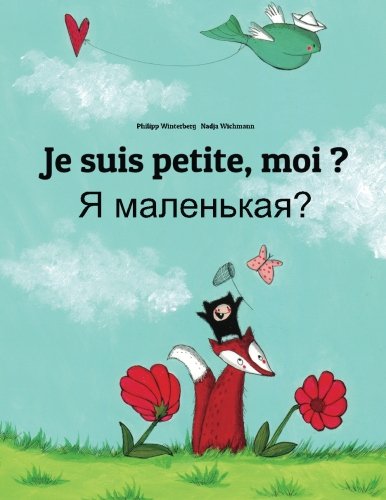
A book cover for Je suis petite, moi ? Ya malen'kaya?: Un livre d'images pour les enfants (Edition bilingue franÃ§ais-russe) (French Edition); Philipp Winterberg; Children's Books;